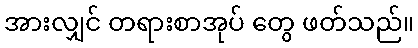
အားလျှင် တရားစာအုပ် တွေ ဖတ်သည်။